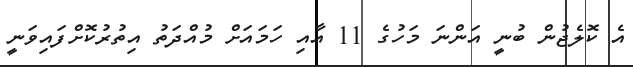
އެ ކޮލެޖުން ބުނީ އަންނަ މަހުގެ 11 އާއި ހަަމައަށް މުއްދަތު އިތުރުކޮށްފައިވަނީ